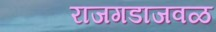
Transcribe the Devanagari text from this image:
राजगडाजवळ